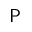
\sf P